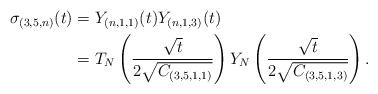
LaTeX: \begin{align*}\sigma_{(3,5,n)}(t)&=Y_{(n,1,1)}(t) Y_{(n,1,3)}(t)\\&=T_{N}\left(\frac{\sqrt{t}}{2\sqrt{C_{(3,5,1,1)}}}\right) Y_{N}\left(\frac{\sqrt{t}}{2\sqrt{C_{(3,5,1,3)}}}\right). \end{align*}